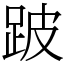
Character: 跛